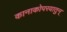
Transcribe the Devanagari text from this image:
कानाकोपरयातुन्